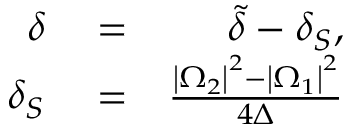
\begin{array} { r l r } { \delta } & { { } = } & { \tilde { \delta } - \delta _ { S } , } \\ { \delta _ { S } } & { { } = } & { \frac { \left\vert \Omega _ { 2 } \right\vert ^ { 2 } - \left\vert \Omega _ { 1 } \right\vert ^ { 2 } } { 4 \Delta } } \end{array}